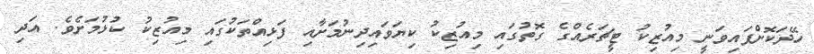
ހޭދަކޮށްފައިވަނީ މިއުޒިކު ޓީޗަރެއްގެ ގޮތުގައި މިއުޒިކު ކިޔަވައިދިނުމަށާއި ފަޅިއްތަކުގައި މިއުޒިކު ކުޅުމަށެވެ. އަދި